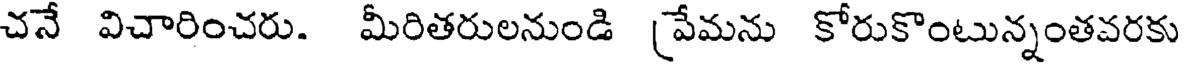
చనే విచారించరు. మీరితరులనుండి ప్రేమను కోరుకొంటున్నంతవరకు